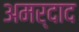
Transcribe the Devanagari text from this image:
अमर्दाद